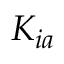
K _ { i a }